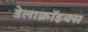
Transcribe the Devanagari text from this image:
डेलाक्रॉइक्स